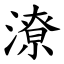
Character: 潦